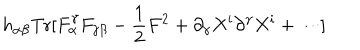
LaTeX: h _ { \alpha \beta } \mathrm { T r } [ F _ { \alpha } ^ { \gamma } F _ { \gamma \beta } - { \frac { 1 } { 2 } } F ^ { 2 } + \partial _ { \gamma } X ^ { i } \partial ^ { \gamma } X ^ { i } + \cdots ]